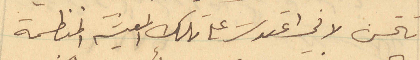
تتحسن لاني اعتدت على تلك المعيشة المنظمة